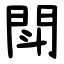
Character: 閗